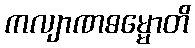
ကလျာဏဓမ္မောတိ